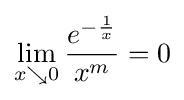
\lim _{x\searrow 0}{\frac {e^{-{\frac {1}{x}}}}{x^{m}}}=0